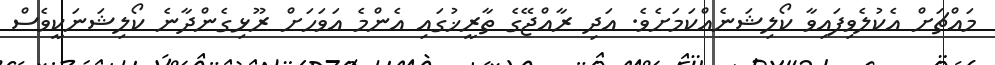
މައްޗަށް އެކުލެވިފައިވާ ކޯލިޝަނެއްކަމަށެވެ. އަދި ރާއްޖޭގެ ތާރީޚުގައި އެންމެ އަވަހަށް ރޫޅިގެންދާނެ ކޯލިޝަނަކީވެސް